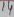
Text: 14